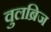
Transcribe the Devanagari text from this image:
वुलब्रिज